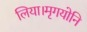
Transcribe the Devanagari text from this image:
लिया।मृगयोनि